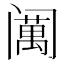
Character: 𱾣